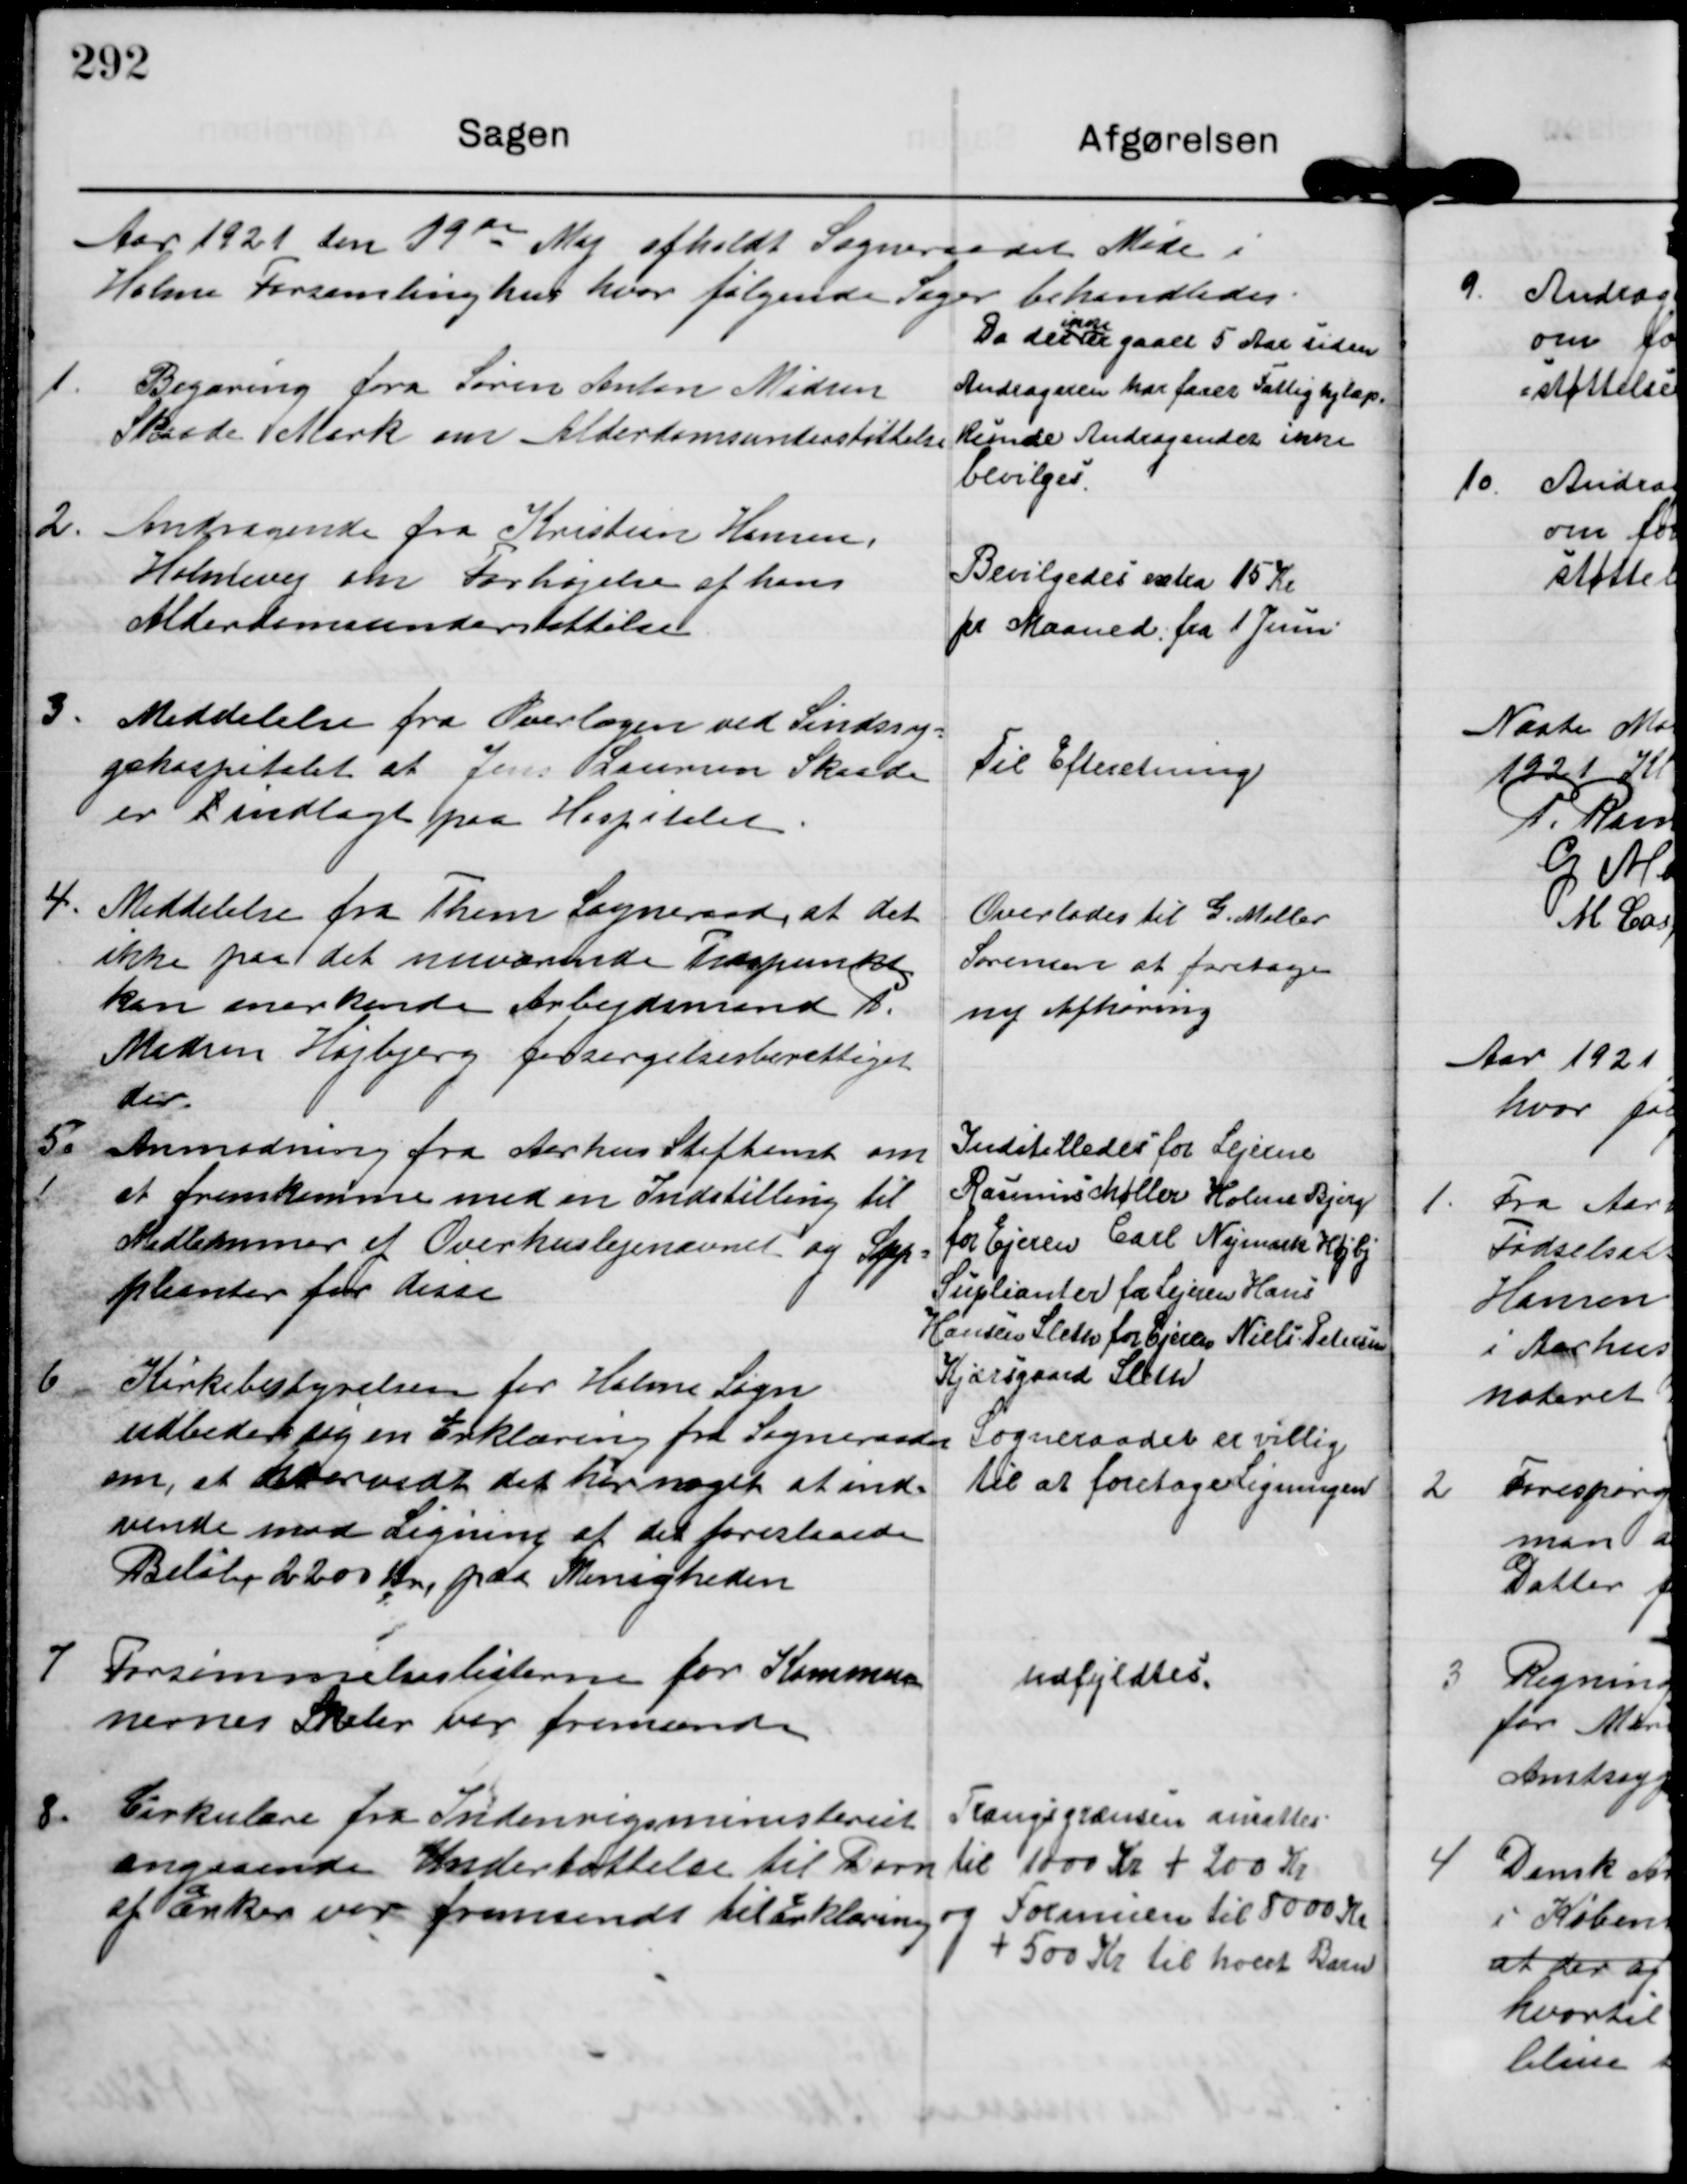
Transskription:
Aar 1921 den 19de Maj afholdt Sogneraadet Møde i
Holme Forsamlinghus hvor følgende Sager behandledes

1.

Begæring fra Søren Anton Madsen
Skaade Mark om Alderdomsunderstøttelse

Da der
ikke
er gaaet 5 Aar siden
Andrageren har faaet Fattighjlæp
kunde Andragendet ikke
bevilges.

2.

Andragende fra Kristian Hansen
Holmevej om Forhøjelse af hans
Alderdomsunderstøttelse

Bevilgedes extra 15 Kr
pr Maaned fra 1 Juni.

3.

Meddelelse fra Overlægen ved Sindssy-
gehospitalet at Jens Laursen Skaade.
er L Indlagt paa Hospitalet

Til Efteretning

4

Meddelelse fra Them Sogneraad at det
ikke paa det nuværende Tidspunkt
kan anerkende Arbejdsmand P.
Madsen Højbjerg forsørgelsesberettiget
der.

Overlodes til G. Møller
Sørensen at foretage
ny Afhøring

5.

Anmodning fra Aarhus Stiftamt om
at fremkomme med en Indstilling til
Medlemmer af Overhuslejenævnet og Sup-
pleanter for disse

Indstilledes for Lejerne
Rasmus Møller Holme Bjerge
for Ejeren Carl Nymark Højbj.
Supleanter for Lejeren Hans
Hansen Sleth for Ejeren Niels Petersen
Kjærsgaard Sleth

6

Kirkebestyrelsen for Holme Sogn
udbeder sig en Erklæring fra Sogneraadet
om, at hvorvidt det har noget at ind-
vende mod Ligning af det foreslaaede
Beløb 2200 Kr paa Menigheden

Sogneraadet er villig
til at foretage Ligningen

7

Forsømmelseslisterne for Kommu-
nernes Skoler var fremsendt

udfyldtes.

8

Cirkulære fra Indenrigsministeriet
angaaende Undertøttelse til Børn
af Enker var fremsendt til Erklæring

Trangsgrænsen ansattes
til 1000 Kr + 200 Kr
og Formuen til 8000 Kr
+ 500 Kr til hvert Barn